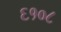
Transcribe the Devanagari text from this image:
६१०८